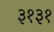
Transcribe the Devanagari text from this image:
३१३१